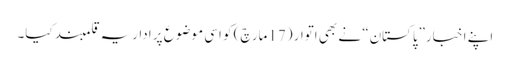
اپنے اخبار”پاکستان“ نے بھی اتوار (17مارچ) کو اسی موضوع پر اداریہ قلمبند کیا۔